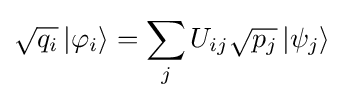
{\sqrt {q_{i}}}\left|\varphi _{i}\right\rangle =\sum _{j}U_{ij}{\sqrt {p_{j}}}\left|\psi _{j}\right\rangle